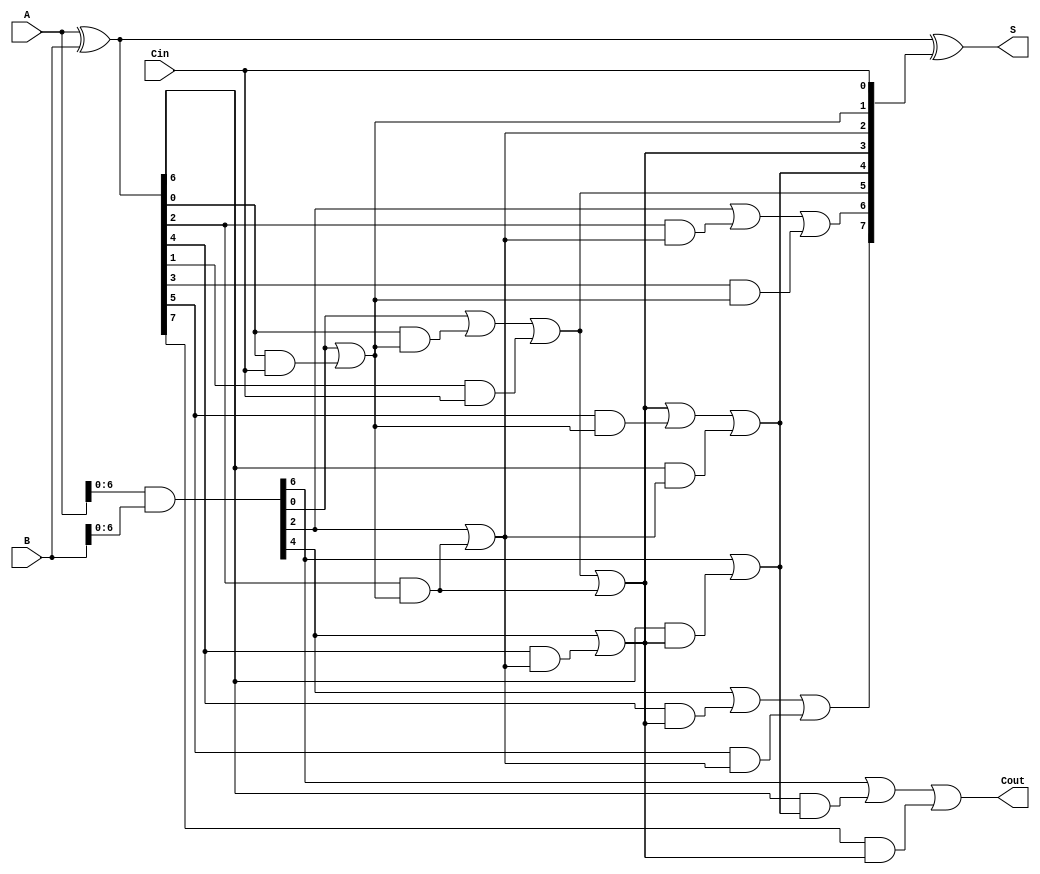
module Sklansky_Adder #(
    parameter N = 8  // Parameter for the number of bits
)(
    input [N-1:0] A,    // First n-bit input
    input [N-1:0] B,    // Second n-bit input
    input Cin,          // Input carry
    output [N-1:0] S,   // n-bit sum output
    output Cout         // Carry output
);

    wire [N-1:0] G;     // Generate signals
    wire [N-1:0] P;     // Propagate signals
    wire [N:0] C;       // Carry signals

    // Generate and Propagate logic
    assign G = A & B;         // Generate
    assign P = A ^ B;         // Propagate
    assign C[0] = Cin;        // Initial carry

    // Carry generation using Sklansky adder method
    genvar i, j;
    generate
        // Level 1
        for (i = 0; i < N; i = i + 1) begin: level1
            if (i % 2 == 0) begin
                assign C[i/2 + 1] = G[i] | (P[i] & C[i/2]);
            end
        end

        // Level 2
        for (i = 0; i < N; i = i + 2) begin: level2
            if (i + 1 < N) begin
                assign C[N/2 + i/2 + 1] = G[i] | (P[i] & C[i/2 + 1]) | (P[i+1] & C[i/2]);
            end
        end

        // Level 3 (continue this pattern until all levels are covered)
        // This can be extended based on the number of bits (N)
        // For demonstration, we will limit this to a few levels
        for (i = 0; i < N; i = i + 4) begin: level3
            if (i + 3 < N) begin
                assign C[N/4 + i/4 + 1] = G[i] | (P[i] & C[i/4 + 1]) | (P[i+1] & C[i/4]) | (P[i+2] & C[i/4 + 1]);
            end
        end
    endgenerate

    // Sum calculation
    assign S = P ^ C[N-1:0];  // Sum calculation based on propagate and carry signals
    assign Cout = C[N];       // Final carry out

endmodule